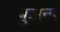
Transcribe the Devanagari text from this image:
बुटाना